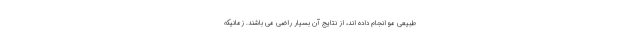
طبیعی مو انجام داده اند، از نتایج آن بسیار راضی می باشند. زمانیکه